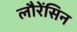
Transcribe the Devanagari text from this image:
लौरेंसिन